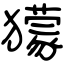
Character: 獴